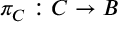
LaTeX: \pi _ { { \cal { C } } } : { \cal { C } } \rightarrow B